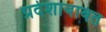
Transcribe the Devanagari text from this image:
प्रदेशाबाबत